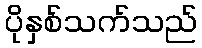
ပိုနှစ်သက်သည်